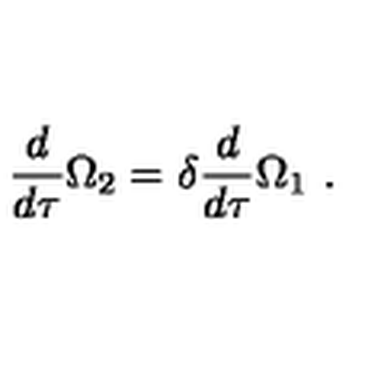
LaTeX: \frac { d } { d \tau } \Omega _ { 2 } = \delta \frac { d } { d \tau } \Omega _ { 1 } \ .